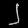
Digit: ၂